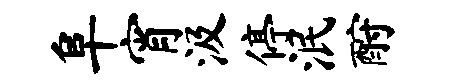
阜宵汲停泯酹